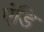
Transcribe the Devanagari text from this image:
एंडि